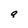
Character: a